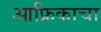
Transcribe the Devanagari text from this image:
आफ्रिकाचा